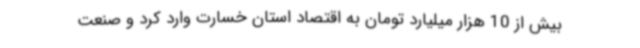
بیش از 10 هزار میلیارد تومان به اقتصاد استان خسارت وارد کرد و صنعت